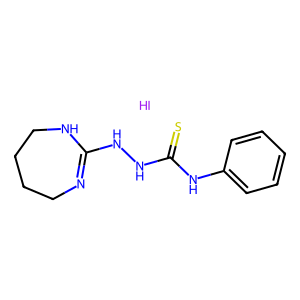
SMILES: I.S=C(NNC1=NCCCCN1)Nc1ccccc1
Inhibits HIV replication: No